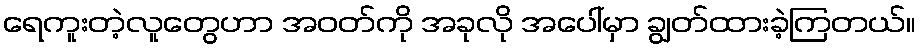
ရေကူးတဲ့လူတွေဟာ အဝတ်ကို အခုလို အပေါ်မှာ ချွတ်ထားခဲ့ကြတယ်။